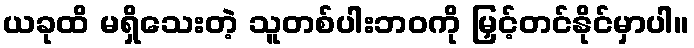
ယခုထိ မရှိသေးတဲ့ သူတစ်ပါးဘဝကို မြှင့်တင်နိုင်မှာပါ။